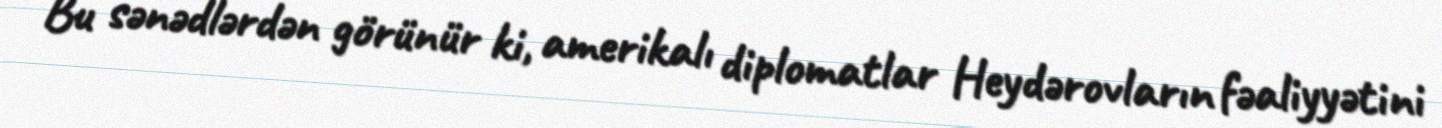
Bu sənədlərdən görünür ki, amerikalı diplomatlar Heydərovların fəaliyyətini